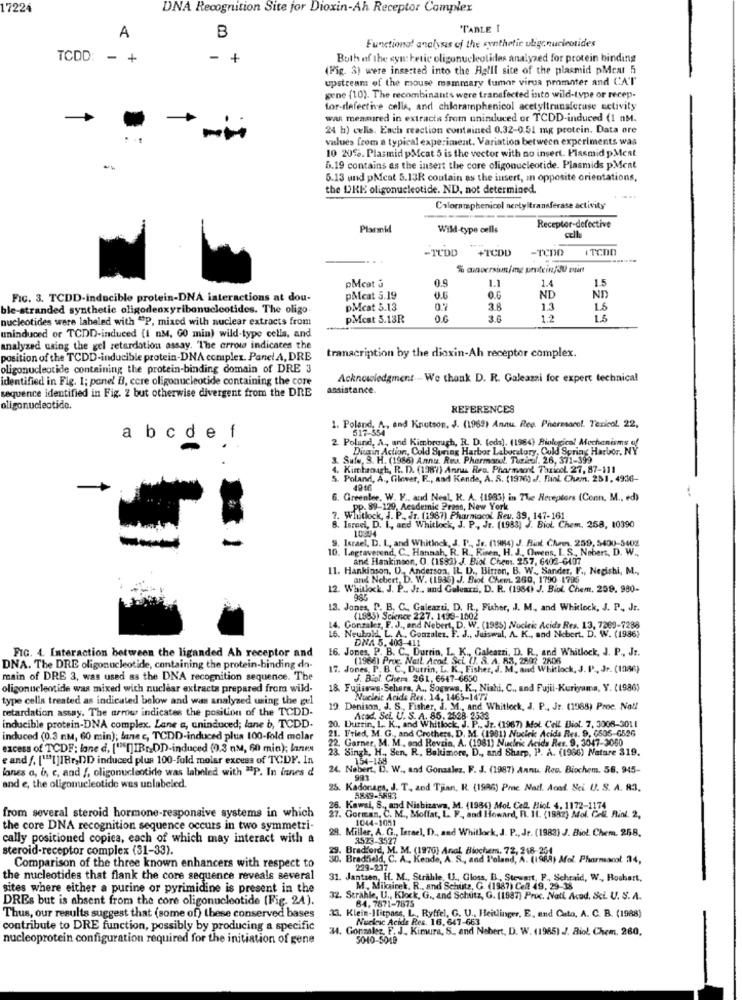
17224
DNA Recognition Site for Dioxin-Ah Receptor Complex
B
TABLE I
A
Functional analysis of the synthetic ulige nucleotides
TCDD:
-
+
-
+
Both of the syn: betic oligonucleotides analyzed for protein binding
(Fig. 3) were inserted into the Aglil site of the plasmid pMcat 5
upstream of the mouse mammary fumar virus promnter and CAT
gene (10). The recombinant's were transfected into wild-type or recep-
tor-defective cells, and chloramphenicol acetyltransferase activity
was measured in extracts from uninduced or TCDD-induced (1 nM.
-
24 h) cells. Each reaction contained 0.32-0.51 mg protein. Data ore
values from a typical experiment. Variation between experiments was
10 20%. Plasmid pMcat 5 is the vector with no insert. Plasmid pMcat
5.19 contains as the insert the core oligonucleotide. Plasmids pMent
5.13 und pMcat 5.13R contain as the insert, in opposite orientations,
the DKK oligonucleotide. ND, not determined.
Caloramphenicol nertyltransferase activity
Plasmid
Wild-type cells
Receptor-defective
-TUDD +TCDD
-TCDO
% avversiun/mg protein/du point
0.9
pMcat &
1.1
1.4
1.5
FIG. 3. TCDD-inducible protein-DNA interactions at dou-
pMeat 5.19
0.6
ND
ND
ble-stranded synthetic oligodeoxyribonucleotides. The oligo
pMcat 5.13
0.7
3.8
1.3
1.5
nucleotides were labeled with "P, mixed with nuclear extracts from
PMcst 5.13R
0.6
3.6
1.2
uninduced or TCDD-induced (1 nM, G0 min) wild-type cella, and
analyzed using the gel retardation assay. "The errou indicates the
position of the TCDD-inducible protein-DNA complex. Panel A, DRE
transcription by the dioxin-Ah receptor complex.
oligonucleotide containing the protein-binding domain of DRE 3
identified in Fig. 1; panel B, ccre oligonucleotide containing the core
Acknowledgment- - We thank D. R. Galeazzi for expert technical
sequence identified in Fig. 2 but otherwise divergent from the DRE
assistance.
oligonucleotide.
REFERENCES
1. Poland. A ., and Knutson. J. (1962) Annu. Reg. Pharmacol. Texicol. 22,
abcdef
2. Polund, A, and Kimbrough, R. D. (eds). (1984) Biological Mechanisms of
Dicain Action, Cold Spring Harbor Laboratory, Cold Spring Harbor, NY
& Safe, S. H. (1986) Annu. Res. Phermand !. Tigirol. 26, 371-399
4. Kimtaough, R. D. (198'7) Annus Res. Pharmaon TariooL 27, 87-111
5. Poland, A ., Glover, F ., and Kende, A. S. (1976) ./. Biol. Cham. 251, 4936-
4946
. Greenlee. W. F ., and Neal, R. A. (1985) in The Receptors (Conn, M ., ed)
... pp. 89-129, Academic Press, New York
7. Whitlock, J. P ., Jr. (1987) Pharmacol Reu. 39, 147-161
8. Israel, D. I, and Whitlock, J. P, Jr. (1983) ). Biol. Chem. 258, 10390
10394
. Israel, D. I, and Whitlock, J. P ., Je, (1984) J. Riot Chees. 259, 5400-5002
10. Legraverend, C ., Hannah, R. R ., Risen, H. J ., Owens, I. S, Nobert, D. W .,
and Hankinson, O. (1982) J. Biol Chem. 257, 6402-6407
11. Hankinson. U ., Anderson, IL D ., Birzon, B. W ., Sander, F ., Negishi, M .,
and Nebert, D. W. (1935) J. Biod Chem. 260, 1790-1795
12. Whitlock. J. P ., Jr ., and Galeazzi, D. R. (1984) J. Biol. Chem. 259. 980-
13. Jones, P. B. C. Galeazzi, D. R ., Fisher, J. M ., and Whitlock, J. P ., Jr.
(LS85) Science 227. 1493-1002
14. Gonzalez, F. J ., and Nebert, D. W. (1985) Nucleic Acids Res. 13, 7269-7288
15. Neubold, L. A . Gonzalez. F. J ., Jaiswal, A. K ., and Niebert. D. W. (1986)
DNA 5. 403 411
16. Jones, P. B. C ., Durrin, L. K ., Galeazzi, D. R. and Whitlock, J. P ., Jr.
FIG. 4. Interaction between the liganded Ah receptor and
(1966) Proc. Neil. Acad Sci (). 8. 4. 83, 2802 2606
DNA. The DRE oligonucleotide, containing the protein-binding dn-
17. Jones, P. B. C ., Dutrin, L. K ., Fisher, J. M ., and Whitlock, J. P, Jr. (1986)
main of DRE 3, was used as the DNA recognition sequence. The
J. Biol Chema. 261, 6647-6650
oligonucleotide was mixed with nuclear extracts prepared from wild-
18. Fujisses-Sehers, A ., Sogowa, K ., Nishi, C ., and Fujii-Kuriyama, Y. (1986)
type cells treated as indicated below and was analyzed using the gel
Nucleic Acids Res. 14, 1465-1477
retardation assay. The arrow indicates the position of the TCDD-
19. Denison, J. S ., Fisher, J. M ., and Whitlock, J. P ., Jr. (1968) Proc. No !!
20. Durtin, L. K ., and Whitlock, J. P ., Jr. (1967) Mol. Cell Biol. 7, 3008-3011
Ated. Sci. U. S. A. 85. 2528 2532
inducible protein-DNA complex. Lane a, uninduced; lane b, TCDD.
21. Fried, M. G ., and Crothers, D. M. (1981) Nucleic Acids Res. 9, 6505-6526
induced (0.3 mm, 60 min); lane c, TCDD-induced plus 100-fold molar
2. Garner, M. M ., and Revain, A. (1981) Nucleic Acids Res. 9. 3047-3060
excess of TCDF: lane d, ["[]IBr.DD-induced (0.3 nM, 60 min); lanes
23. Singh, H ., Sen, R, Baltimore, D ., and Sharp, P. A. (1966) Nature 319.
e and /. [""[]IBr,DD induced plus 100-fuld molar excess of TCDF. In
154-158
lanes a, b, c, and f, oligonucleotide was labeled with "P. In innes d
24. Nobert, D. W ., and Gonzalez, F. J. (1987) Annu Rev. Biochem. 56. 945-
and e, the oligonucleotide wes unlabeled.
25. Kadores, J. T ., and Tjian, R. (1986) Proc Natl. Acod. Sci U. S. A. R.3.
5849-5693
from several steroid hormone-responsive systems in which
26. Kawal, S ., and Nishizawa, M. (198() Mol Cel. Hiof. 4. 1172-1174
. Gorman, C. M ., Moffat, L. F ., and Howard, R. 11. (1982) Mol. Call. Rint. 2.
1044-1051
the core DNA recognition sequence occurs in two symmetri-
29. Miller, A. G ., Israel, D ., and Whitlock, J. P ., Jr. (1983) J. Biol. Chem. 258.
cally positioned copica, each of which may interact with a
3523-3527
steroid-receptor complex (31-33).
29. Bradford, M. M. (1970] Anal Biochem, 72, 218- 254
30. Bradheld, C. A ., Kende, A. S ., and l'eland, A. (1988) Mol. Pharmacol. 24,
Comparison of the three known enhancers with respect to
229-237
the nucleotides that flank the core sequence reveals several
31. Jantsen, H. M ., Strahle, U ., Gloss, B, Stewart, P ., Sehraid, W ., Hoshart,
sites where either a purine or pyrimidine is present in the
M . Miksirek. R ., and Schutz, G. (1987) Cel 49, 29-18
DREs but is absent from the core oligonucleotide (Fig. 24).
32. Strahle, U ., Klock, G ., and Schutz, G. (1887) Proc. Natl Aced. Sci U. S. A.
33. Klein-Hitpass, L ., Ryffel, G. U ., Heitlinger, E, and Cato, A. C. B. (1988)
84, 7871-7875
Thus, our results suggest that (some of) these conserved bases
Nucleic Acids Res. 16. 647-663
contribute to DRE function, possibly by producing a specific
34. Gonzalez, F. J. Kimura, S. and Nebert, D. W. (1985) J. Riol. Chem. 260,
nucleoprotein configuration required for the initiation of gene
5040-5019